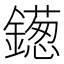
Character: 𫓑